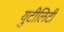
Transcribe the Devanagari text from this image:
युटीलिटी